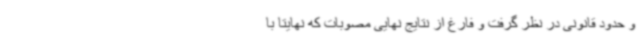
و حدود قانونی در نظر گرفت و فارغ از نتایج نهایی مصوبات که نهایتا با